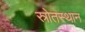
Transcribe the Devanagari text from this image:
स्रोतस्थान